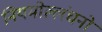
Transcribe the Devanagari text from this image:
नियमोल्लंघनों